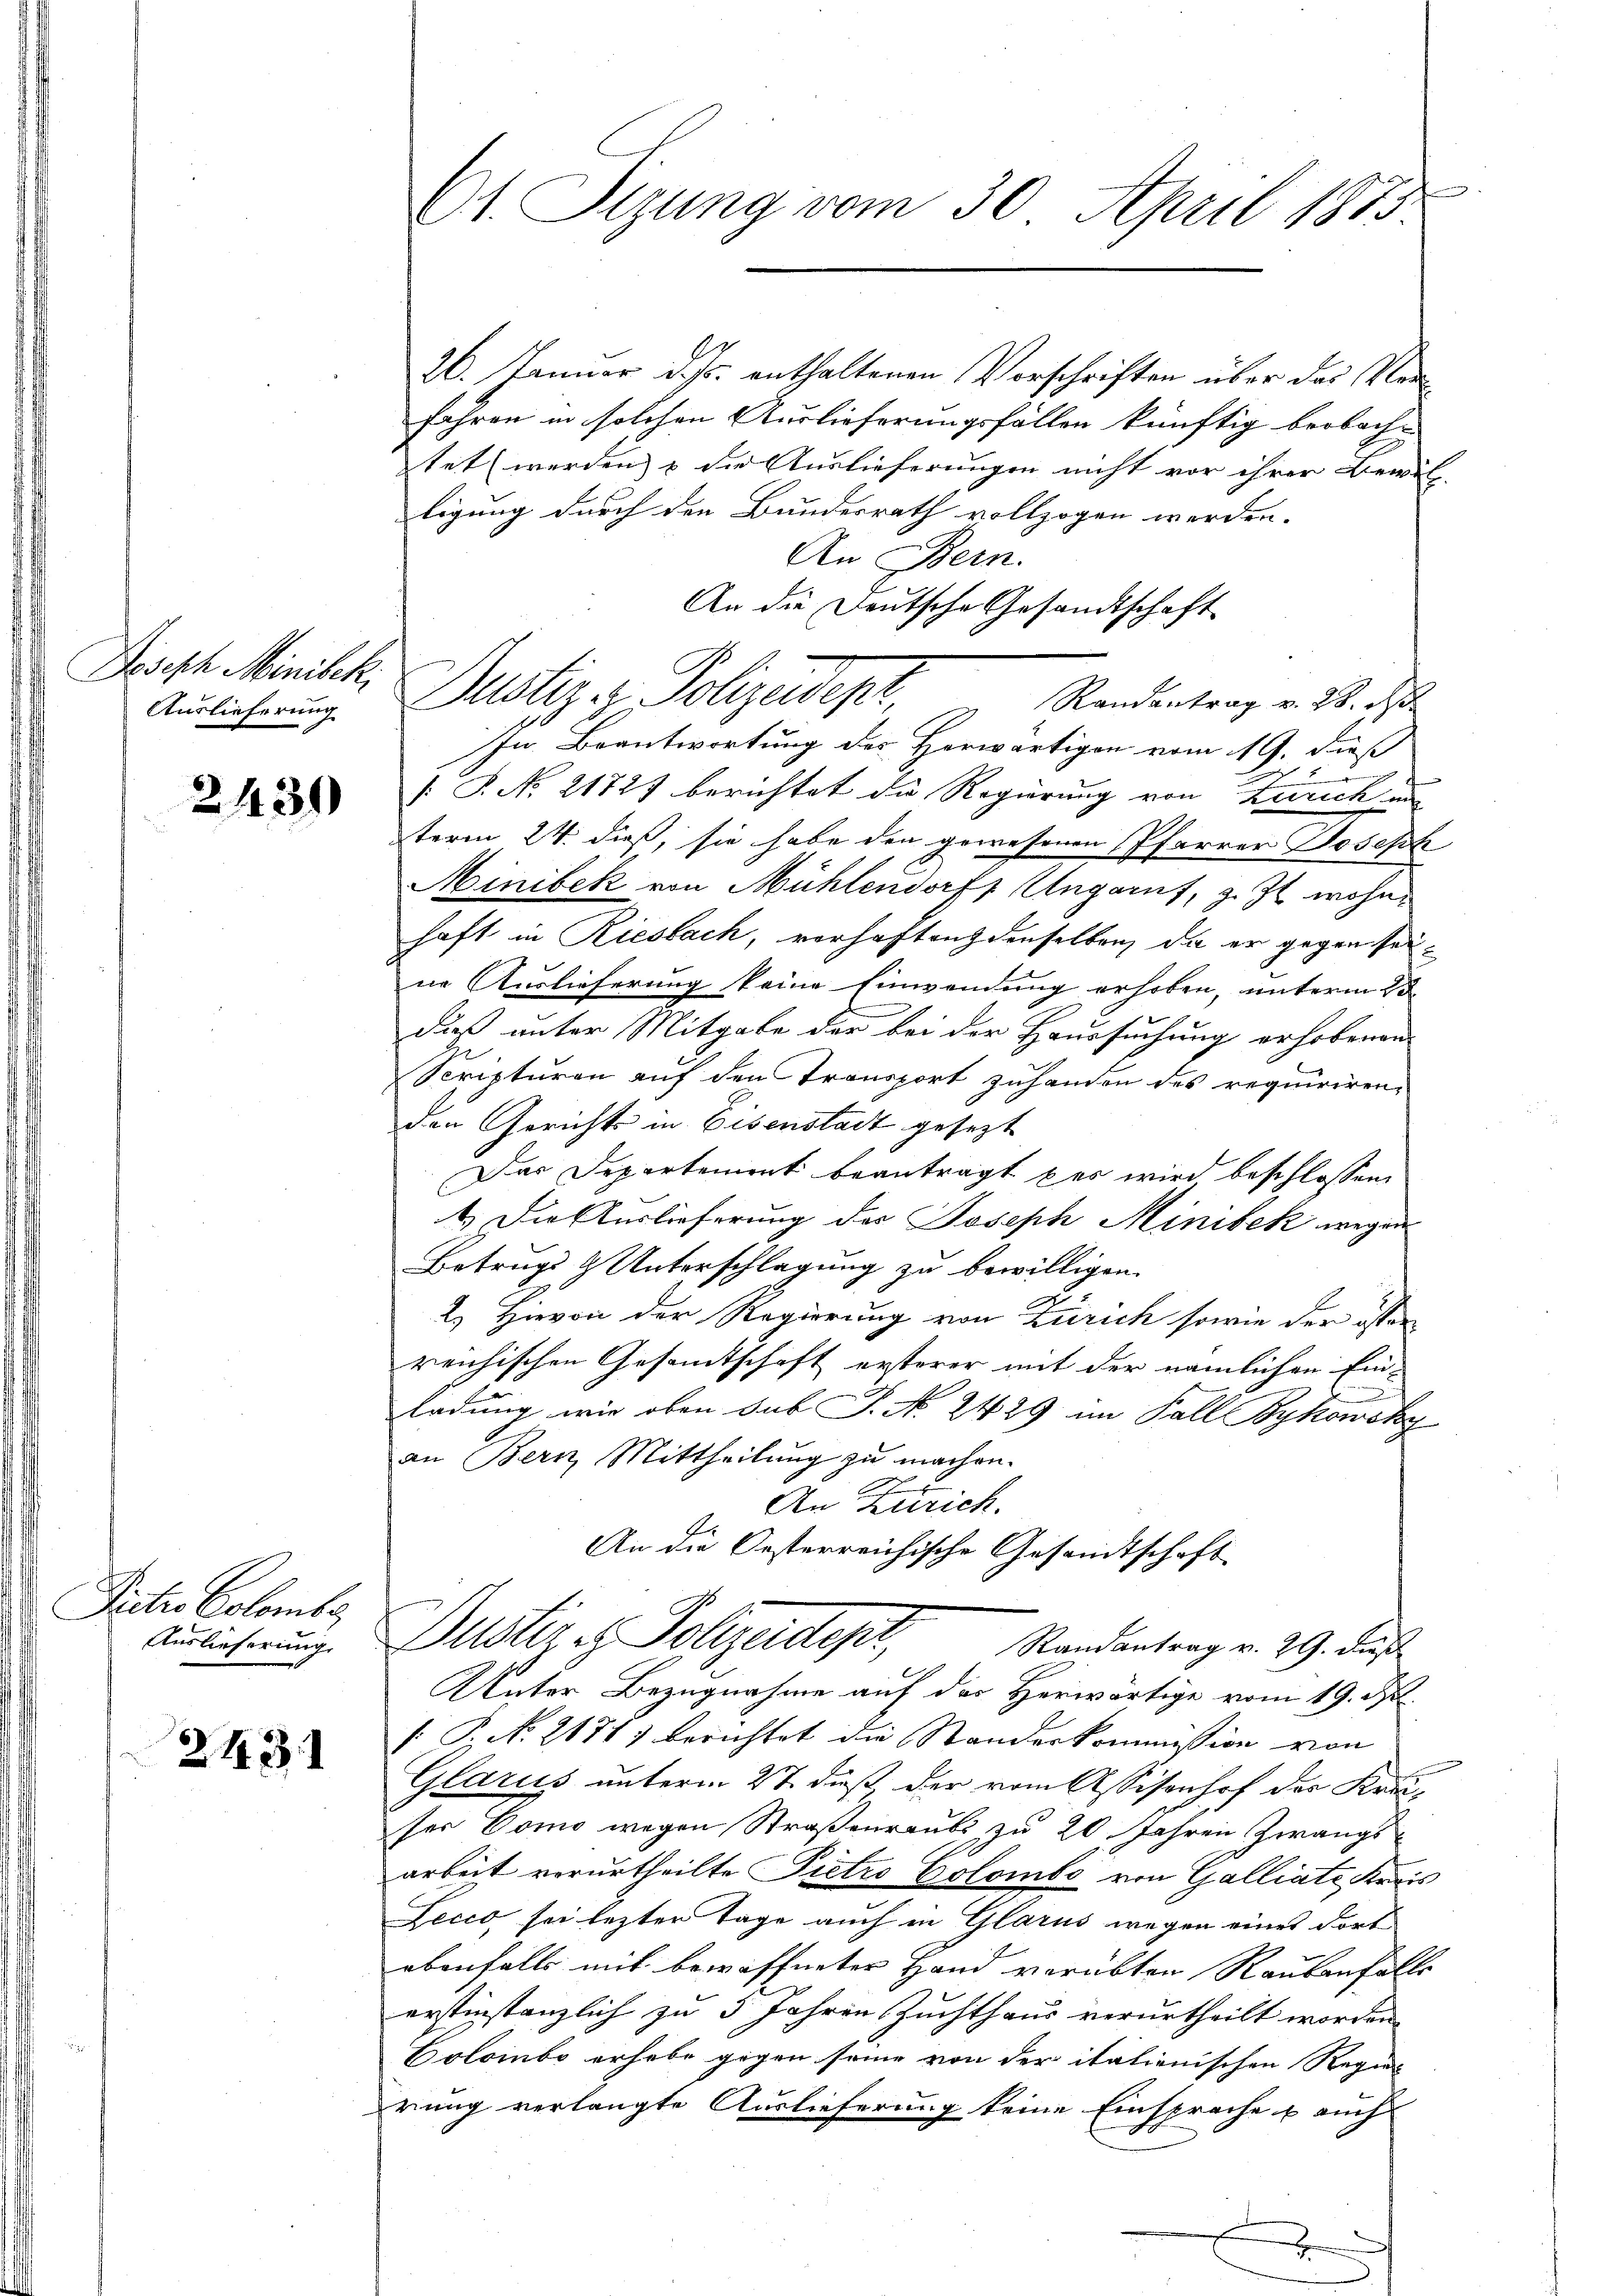
Doseph Minibek,
Auslieferung

2430

Pietr. Colomber
Auslieferung.

243.

26. Januar d. Js. enthaltenen Vorschriften über das Verfahren in solchen Auslieferungsfällen künftig beobach- |
tet werden, & die Auslieferungen nicht vor ihrer Bewil-
ligung durch den Bundesrath vollzogen werden.
An Bern.
An die Deutsche Gesandtschaft
Randantrag v. 28. ds.
In Beantwortung des Herwärtigen vom 19. daß
2
/. P. No 21727 berichtet die Regierung von Zürich um
term 24. dieß, sie habe den gewesenen Pfarrer Joseph
Minibek von Mühlendorf, Ungarnt, z. Zt. wohnhaft in Riesbach, vorhoftrich denselben, da er gegen seine Auslieferung keine Einwendung erhoben, unterm 25
dieß unter Mitgabe der bei der Haussuchung erhobenen
Scripturen auf den Transport zuhanden des requiriren,
den Gerichts in Eisenstadt gesezt
Das Departement beantragt das wird beschlossen,
4.) Die Auslieferung des Joseph Minibek wegen
Betrugs & Unterschlagung zu bewilligen.
2.) Hievon der Regierung von Zürich sowie der öffen
reichischen Gesamtschaft ersterer mit der nämlichen Ein-
uung un
ladung wie oben sub P. No. 2429 im Fall Zykowsky
an Bern Mittheilung zu machen.
An Zürich.
1
An die Oesterreichische Gesandtschaft
Dustiz & Polizeider,
Randantrag v. 29. dieß
Unter Bezugnahme auf das Herwärtige vom 19. d.
 P. No 2171) berichtet die Standeskommission von
Glarus unterm 27. dieß, der vom Assisenhof der Kreiser Como wegen Straßenraube, zu 20 Jahren Zwangs-
arbeit verurtheilte Pietro Colombe von Galliate Keris
Lecco sei lezter Tage auch in Glarus wegen eines dort
ebenfalls mit bewöffneter Hand verübten Raubanfalls
erstinstanzlich zu 3 Jahren Zuchthaus verurtheilt worden.
Coloinbo erhabe gegen seine von der italienischen Regier
rung verlangte Auslieferung keine Einsprache u auch
J

Ct. Sizung vom 30. April 1875

Dustiz- & Polizeidepr

e